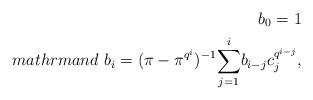
LaTeX: \begin{align*}b_{0}=1 \\mathrm{and} \ b_{i}=(\pi-\pi^{q^{i}})^{-1}\displaystyle{\sum_{j=1}^{i}}b_{i-j}c_{j}^{q^{i-j}},\end{align*}